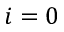
i = 0